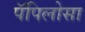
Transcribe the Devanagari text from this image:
पॅपिलोसा